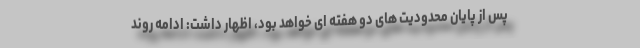
پس از پایان محدودیت های دو هفته ای خواهد بود، اظهار داشت: ادامه روند